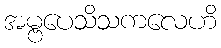
အမ္ဗပေသိသကလေဟိ